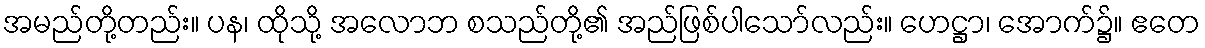
အမည်တို့တည်း။ ပန၊ ထိုသို့ အလောဘ စသည်တို့၏ အည်ဖြစ်ပါသော်လည်း။ ဟေဋ္ဌာ၊ အောက်၌။ ဧတေ